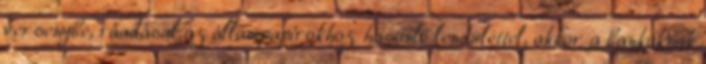
versenybe, ráadásul az állampapírokhoz hasonló lendülettel, akkor a bankoknak